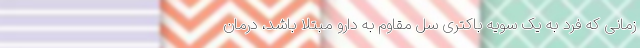
زمانی که فرد به یک سویه باکتری سل مقاوم به دارو مبتلا باشد، درمان